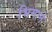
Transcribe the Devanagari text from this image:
भिमाने